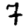
Digit: 7